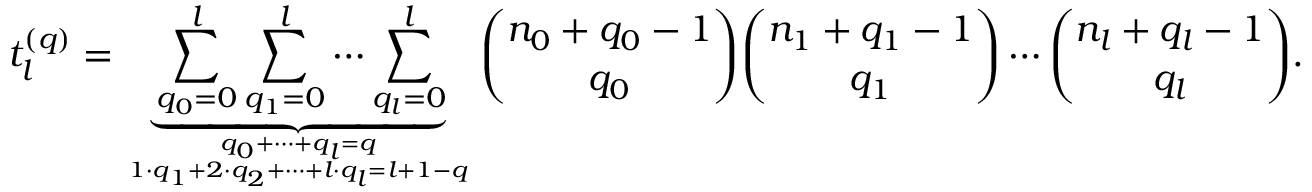
t _ { l } ^ { ( q ) } = \underbrace { \sum _ { q _ { 0 } = 0 } ^ { l } \sum _ { q _ { 1 } = 0 } ^ { l } \cdots \sum _ { q _ { l } = 0 } ^ { l } } _ { q _ { 0 } + \dots + q _ { l } = q \atop 1 \cdot q _ { 1 } + 2 \cdot q _ { 2 } + \dots + l \cdot q _ { l } = l + 1 - q } { \binom { n _ { 0 } + q _ { 0 } - 1 } { q _ { 0 } } } { \binom { n _ { 1 } + q _ { 1 } - 1 } { q _ { 1 } } } \cdots { \binom { n _ { l } + q _ { l } - 1 } { q _ { l } } } .